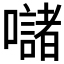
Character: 𱕣